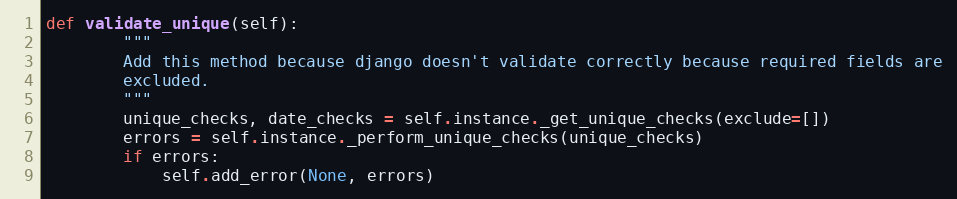
Language: Python
def validate_unique(self):
        """
        Add this method because django doesn't validate correctly because required fields are
        excluded.
        """
        unique_checks, date_checks = self.instance._get_unique_checks(exclude=[])
        errors = self.instance._perform_unique_checks(unique_checks)
        if errors:
            self.add_error(None, errors)